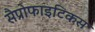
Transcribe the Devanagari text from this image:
सैप्रोफाइटिकस